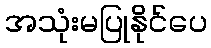
အသုံးမပြုနိုင်ပေ